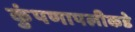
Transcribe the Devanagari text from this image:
कुंपणापलीकडे